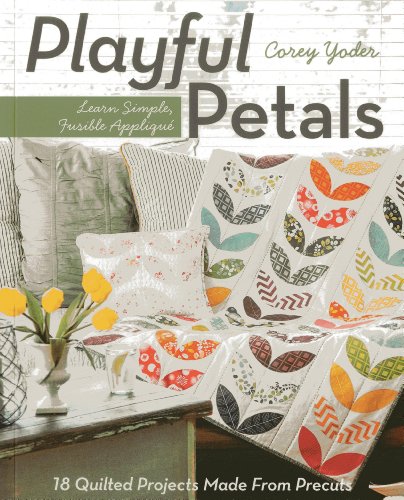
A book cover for C&T Publishing Playful Petals: Learn Simple, Fusible AppliquÃ© 18 Quilted Projects Made From Precuts; Corey Yoder; Crafts, Hobbies & Home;